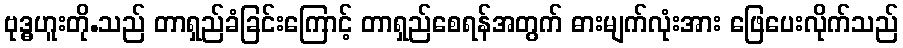
ဗုဒ္ဓဟူးတို.သည် တာရှည်ခံခြင်းကြောင့် တာရှည်စေရန်အတွက် ဓားမျက်လုံးအား ဖြေပေးလိုက်သည်